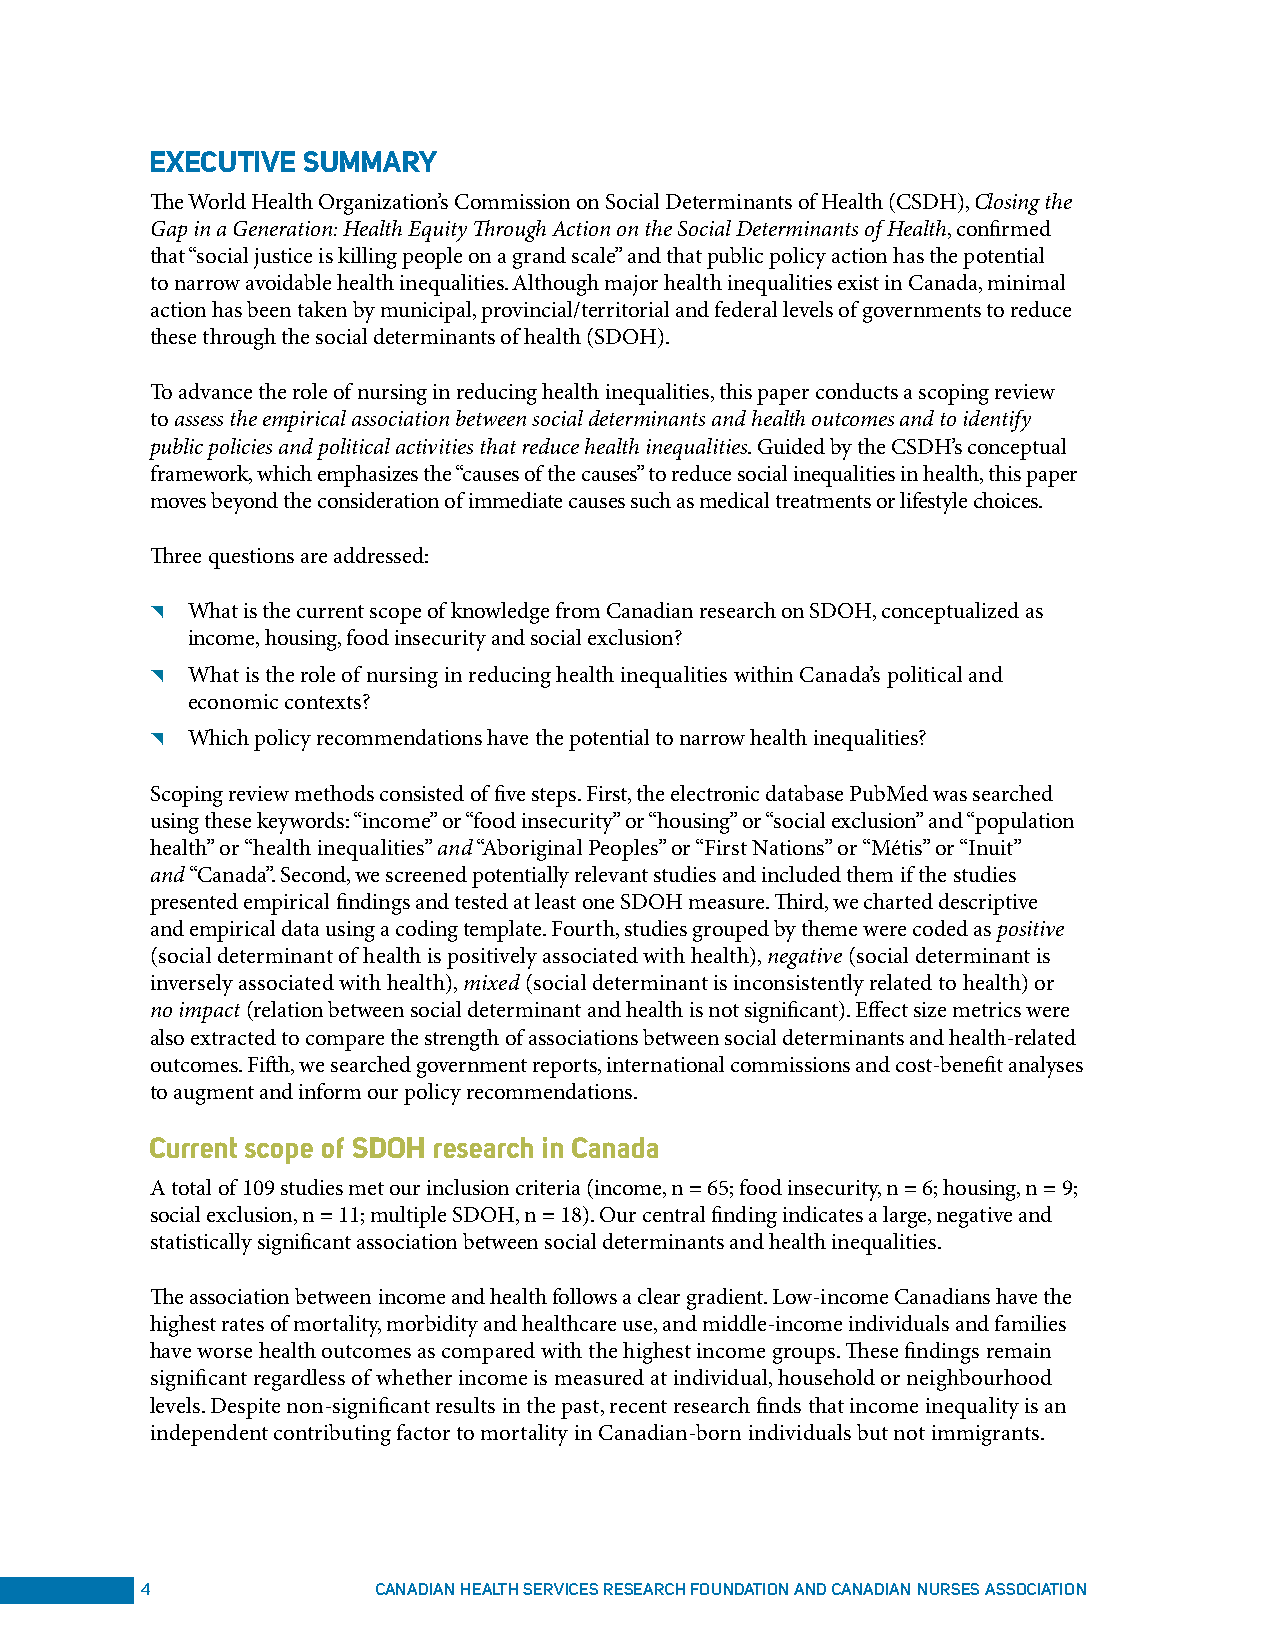
eXecUTIVe sUMMaRY
 The World Health Organization’s Commission on Social Determinants of Health (CSDH), Closing the
 Gap in a Generation: Health Equity Through Action on the Social Determinants of Health, confirmed
 that “social justice is killing people on a grand scale” and that public policy action has the potential
 to narrow avoidable health inequalities. Although major health inequalities exist in Canada, minimal
 action has been taken by municipal, provincial/territorial and federal levels of governments to reduce
 these through the social determinants of health (SDOH).
 To advance the role of nursing in reducing health inequalities, this paper conducts a scoping review
 to assess the empirical association between social determinants and health outcomes and to identify
 public policies and political activities that reduce health inequalities. Guided by the CSDH’s conceptual
 framework, which emphasizes the “causes of the causes” to reduce social inequalities in health, this paper
 moves beyond the consideration of immediate causes such as medical treatments or lifestyle choices.
 Three questions are addressed:
 ◥ What is the current scope of knowledge from Canadian research on SDOH, conceptualized as
 income, housing, food insecurity and social exclusion?
 ◥ What is the role of nursing in reducing health inequalities within Canada’s political and
 economic contexts?
 ◥ Which policy recommendations have the potential to narrow health inequalities?
 Scoping review methods consisted of five steps. First, the electronic database PubMed was searched
 using these keywords: “income” or “food insecurity” or “housing” or “social exclusion” and “population
 health” or “health inequalities” and “Aboriginal Peoples” or “First Nations” or “Métis” or “Inuit”
 and “Canada”. Second, we screened potentially relevant studies and included them if the studies
 presented empirical findings and tested at least one SDOH measure. Third, we charted descriptive
 and empirical data using a coding template. Fourth, studies grouped by theme were coded as positive
 (social determinant of health is positively associated with health), negative (social determinant is
 inversely associated with health), mixed (social determinant is inconsistently related to health) or
 no impact (relation between social determinant and health is not significant). Effect size metrics were
 also extracted to compare the strength of associations between social determinants and health-related
 outcomes. Fifth, we searched government reports, international commissions and cost-benefit analyses
 to augment and inform our policy recommendations.
 current scope of sDoH research in canada
 A total of 109 studies met our inclusion criteria (income, n = 65; food insecurity, n = 6; housing, n = 9;
 social exclusion, n = 11; multiple SDOH, n = 18). Our central finding indicates a large, negative and
 statistically significant association between social determinants and health inequalities.
 The association between income and health follows a clear gradient. Low-income Canadians have the
 highest rates of mortality, morbidity and healthcare use, and middle-income individuals and families
 have worse health outcomes as compared with the highest income groups. These findings remain
 significant regardless of whether income is measured at individual, household or neighbourhood
 levels. Despite non-significant results in the past, recent research finds that income inequality is an
 independent contributing factor to mortality in Canadian-born individuals but not immigrants.
 4               Canadian HealtH ServiCeS reSearCH Foundation and Canadian nurSeS aSSoCiation